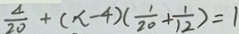
\frac { 4 } { 2 0 } + ( x - 4 ) ( \frac { 1 } { 2 0 } + \frac { 1 } { 1 2 } ) = 1